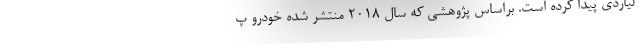
لیاردی پیدا کرده است. براساس پژوهشی که سال ۲۰۱۸ منتشر شده خودرو پ